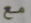
مع